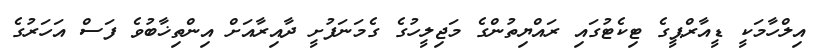
އިލްހާމަކީ ޑީއާރްޕީގެ ޓިކެޓުގައި ރައްޔިތުންގެ މަޖިލީހުގެ ގެމަނަފުށީ ދާއިރާއަށް އިންތިޚާބުވެ ފަސް އަހަރުގެ